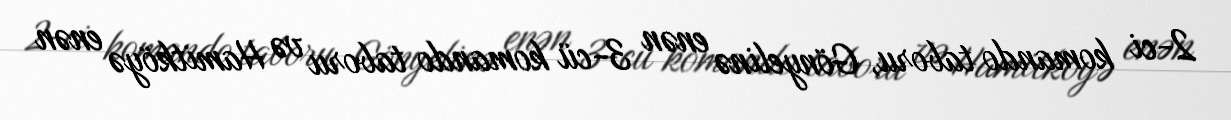
2-ci komando taboru, Gönyelinə enən 3-cü komando taboru və Hamitköyə enən